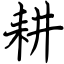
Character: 耕